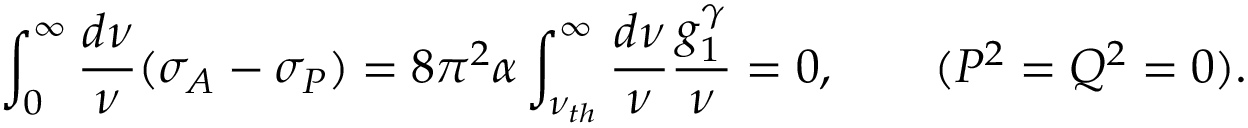
\int _ { 0 } ^ { \infty } { \frac { d \nu } { \nu } } ( \sigma _ { A } - \sigma _ { P } ) = 8 \pi ^ { 2 } \alpha \int _ { \nu _ { t h } } ^ { \infty } { \frac { d \nu } { \nu } } { \frac { g _ { 1 } ^ { \gamma } } { \nu } } = 0 , \ \ \ \ \ \ ( P ^ { 2 } = Q ^ { 2 } = 0 ) .